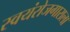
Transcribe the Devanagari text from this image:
स्वयंरोजगाराला